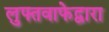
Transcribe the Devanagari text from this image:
लुफ्तवाफेद्वारा